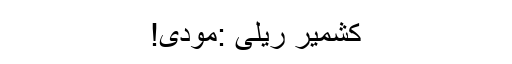
کشمیر ریلی :مودی!